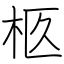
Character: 柩